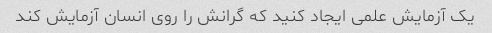
یک آزمایش علمی ایجاد کنید که گرانش را روی انسان آزمایش کند